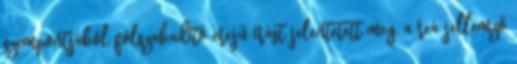
szempontjából fölszabadító erejű írást jelentetett meg, a reá jellemző